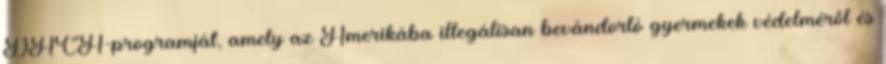
DACA-programját, amely az Amerikába illegálisan bevándorló gyermekek védelméről és